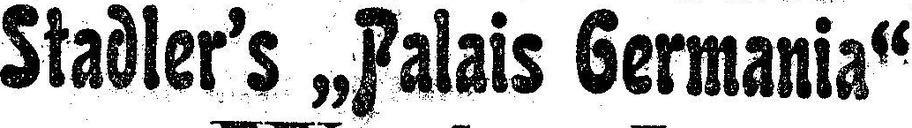
Stadler’s „Palais Germania”